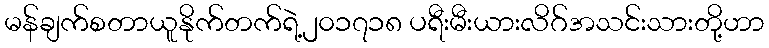
မန်ချက်စတာယူနိုက်တက်ရဲ့၂၀၁၇၁၈ ပရီးမီးယားလိဂ်အသင်းသားတို့ဟာ